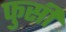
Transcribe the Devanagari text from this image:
फुसी